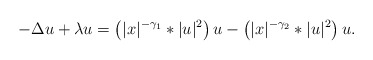
\begin{align*} -\Delta u+ \lambda u=\left(|x|^{-\gamma_1} \ast |u|^2\right) u - \left(|x|^{-\gamma_2} \ast |u|^2\right) u.\end{align*}